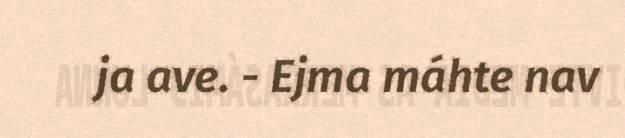
ja ave. - Ejma máhte nav